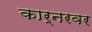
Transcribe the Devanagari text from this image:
कार्नरवर